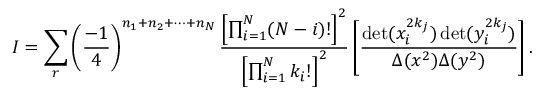
I = \sum _ { r } \left( \frac { - 1 } { 4 } \right) ^ { n _ { 1 } + n _ { 2 } + \cdots + n _ { N } } \frac { \left[ \prod _ { i = 1 } ^ { N } ( N - i ) ! \right] ^ { 2 } } { \left[ \prod _ { i = 1 } ^ { N } k _ { i } ! \right] ^ { 2 } } \left[ \frac { \operatorname * { d e t } ( x _ { i } ^ { 2 k _ { j } } ) \operatorname * { d e t } ( y _ { i } ^ { 2 k _ { j } } ) } { \Delta ( x ^ { 2 } ) \Delta ( y ^ { 2 } ) } \right] .